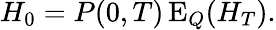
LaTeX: H_{0}=P(0,T)\operatorname{E}_{Q}(H_{T}).